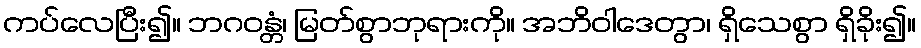
ကပ်လေပြီး၍။ ဘဂဝန္တံ၊ မြတ်စွာဘုရားကို။ အဘိဝါဒေတွာ၊ ရှိသေစွာ ရှိခိုး၍။